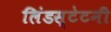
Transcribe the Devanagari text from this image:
लिंडस्टेटनी